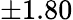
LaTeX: \pm 1.80